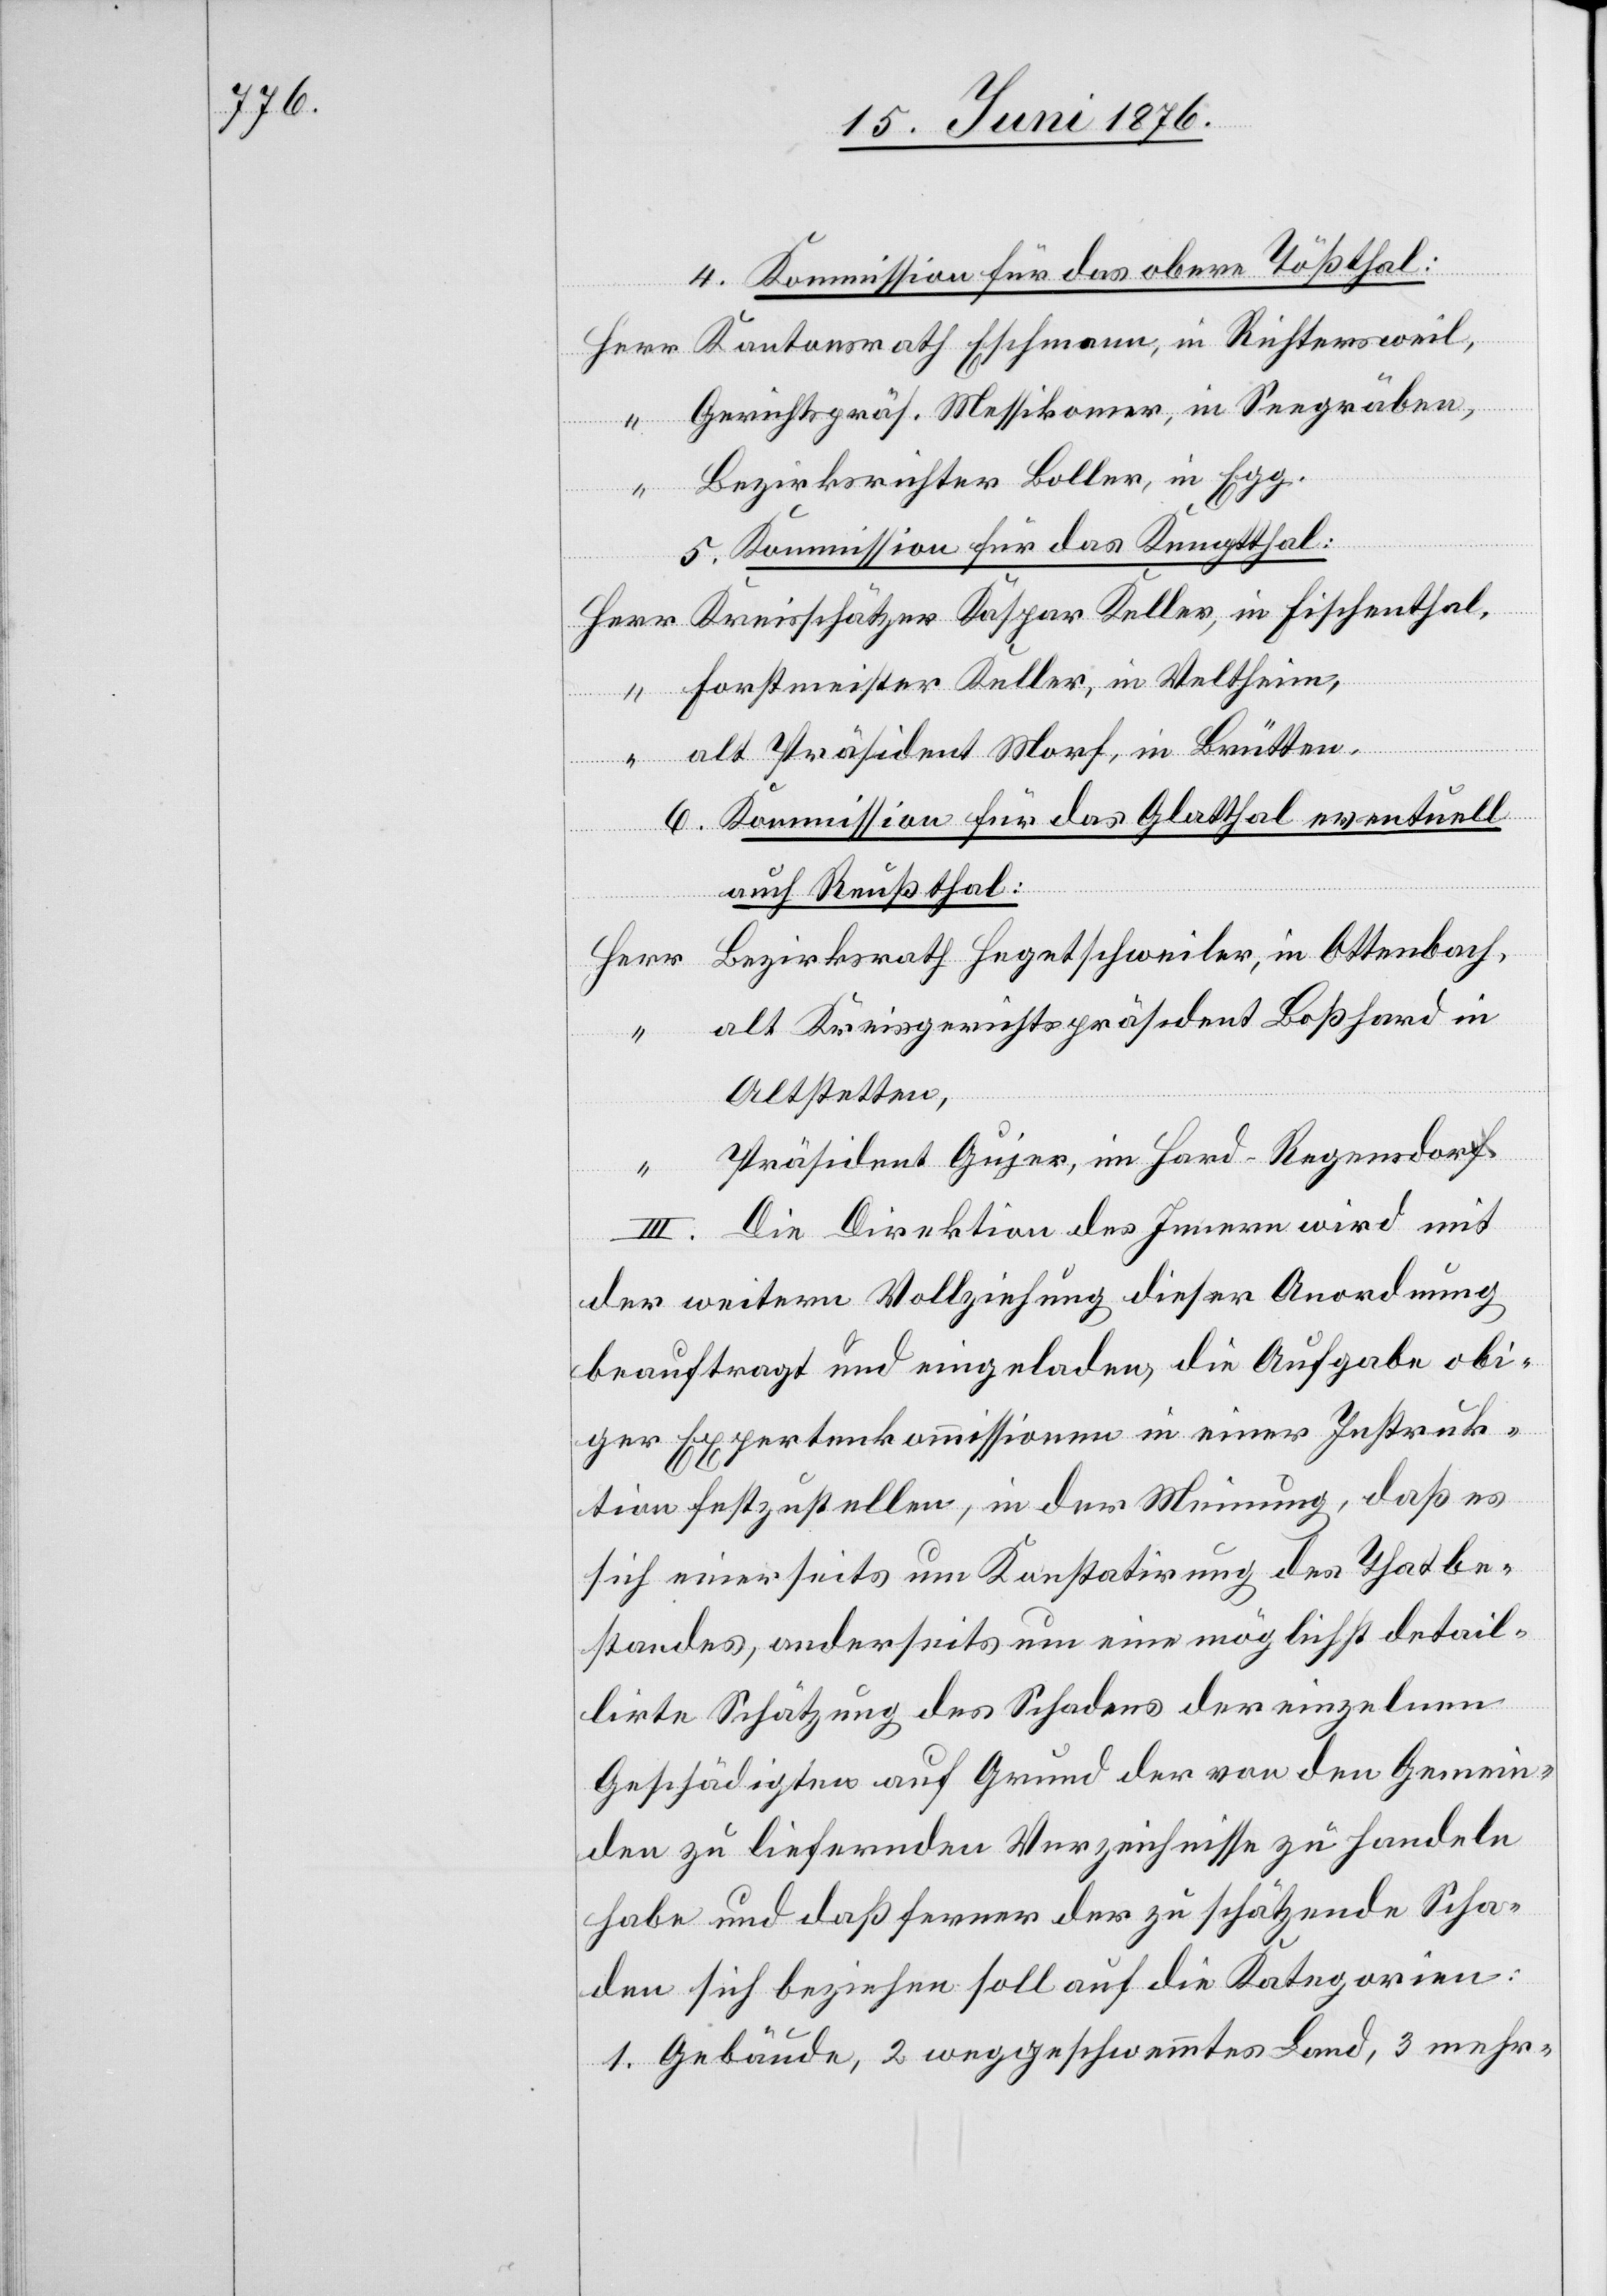
4. Kommission für das obere Tößthal:
Kantonsrath Eschmann, in Richtersweil.
Gerichtspräs. Messikomer, in Seegräben,
Bezirksrichter Boller, in Egg.
5. Kommission für das Kemptthal:
Forstmeister Keller, in Veltheim,
in Fisch¬
alt Präsident Morf, in Brütten.
“
enthal.
6. Kommission für das Glatthal eventuell
auch Reußthal:
alt Kreisgerichtspräsident Boßhard in
Altstetten,
Präsident Gujer, in Hard - Regensdorf.
III. Die Direktion des Innern wird mit
der weitern Vollziehung dieser Anordnung
beauftragt und eingeladen, die Aufgabe obi¬
ger Expertenkommissionen in einer Instruk¬
tion festzustellen, in der Meinung, daß es
sich einerseits um Konstatirung des Thatbe¬
standes, anderseits um eine möglichst detail¬
lirte Schätzung des Schadens der einzelnen
Geschädigten auf Grund der von den Gemein¬
den zu liefernden Verzeichnisse zu handeln
habe und das ferner der zu schätzende Scha¬
den sich beziehen soll auf die Kategorien:
1. Gebäude, 2. weggeschwämmtes Land, 3. mehr-